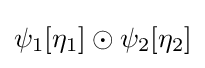
\psi _{1}[\eta _{1}]\odot \psi _{2}[\eta _{2}]